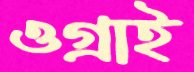
ওগ্‌রাই